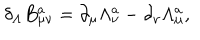
\delta _ { \Lambda } B _ { \mu \nu } ^ { a } = \partial _ { \mu } \Lambda _ { \nu } ^ { a } - \partial _ { \nu } \Lambda _ { \mu } ^ { a } ,